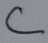
Text: C